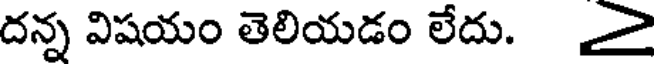
దన్న విషయం తెలియడం లేదు.